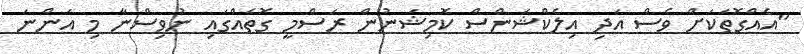
"އެއްގޮތަކަށް ވެސް އަދި އިލެކްޝަންސް ކޮމިޝަނުން ރަސްމީ ގޮތެއްގައި ނުވިސްނާ މި އަންނަ